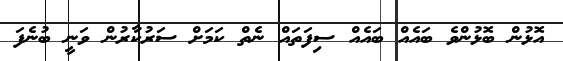
އޮޅުން ބޮޅުންވެ ބައެއް ބައެއް ސިފަތައް ނެތް ކަމަށް ސަރުކާރުން ވަނީ ބުނެފަ